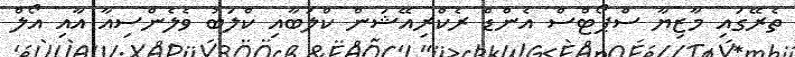
ތެރޭގައި މާޒިޔާ ސްޕޯޓްސް އެންޑް ރެކްރިއޭޝަން ކްލަބާއި ކްލަބު ވެލެންސިއާ އާއި އޯލް